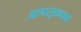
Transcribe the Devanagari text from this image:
आपसूकपणे